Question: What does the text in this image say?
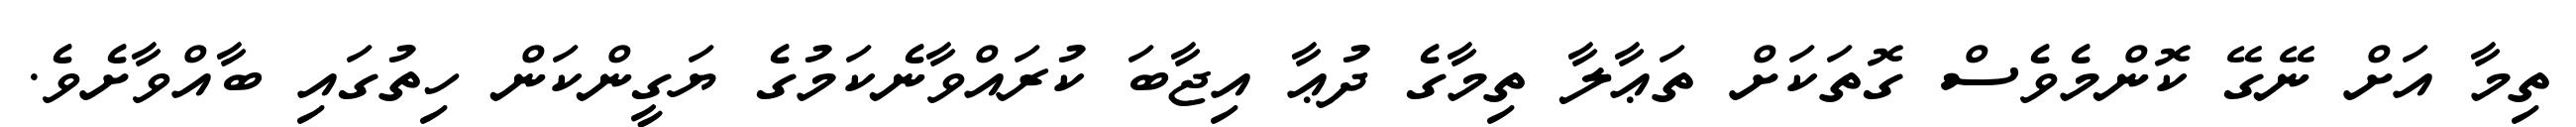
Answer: ތިމާ އަށް ނޭގޭ ކޮންމެވެސް ގޮތަކަށް ތަޢާލާ ތިމާގެ ދުޢާ އިޖާބަ ކުރައްވާނެކަމުގެ ޔަގީންކަން ހިތުގައި ބާއްވާށެވެ.